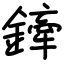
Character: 鏲